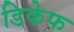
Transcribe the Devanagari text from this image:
डिकेफ